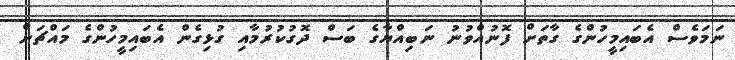
ނަމަވެސް އެބައިމީހުންގެ ގާތަށް ފޮނުއްވުނު ނަބިއްޔާގެ ބަސް ދޮގުކުރުމާއި ގުޅިގެން އެބައިމީހުންގެ މައްޗަށް